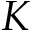
K